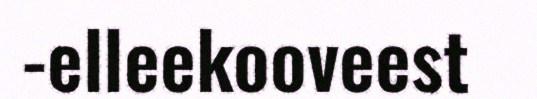
-elleekooveest